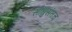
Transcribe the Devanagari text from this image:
साधुसंतच